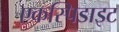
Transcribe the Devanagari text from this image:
एकस्पिडाइट